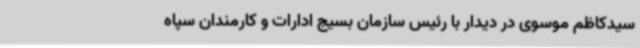
سیدکاظم موسوی در دیدار با رئیس سازمان بسیج ادارات و کارمندان سپاه